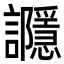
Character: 讔